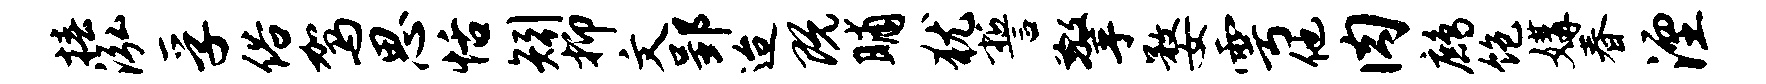
椿泓孚俗驾思恬矧抑文郢迨既晡犹誓擎婺雩他肉鹧饱媾春湮